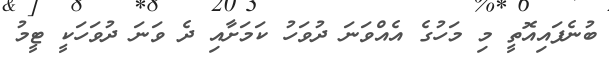
ބުނެފައިއޮތީ މި މަހުގެ އެއްވަނަ ދުވަހު ކަމަށާއި ދެ ވަނަ ދުވަހަކީ ޓީމު